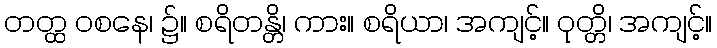
တတ္ထ ဝစနေ၊ ၌။ စရိတန္တိ၊ ကား။ စရိယာ၊ အကျင့်။ ဝုတ္တိ၊ အကျင့်။